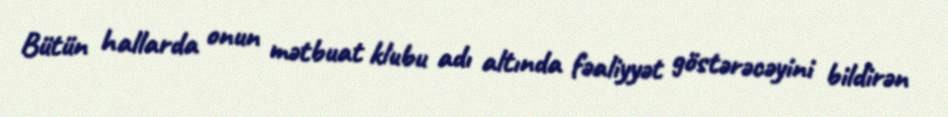
Bütün hallarda onun mətbuat klubu adı altında fəaliyyət göstərəcəyini bildirən